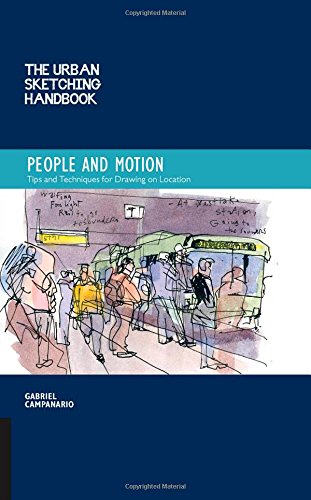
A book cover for The Urban Sketching Handbook: People and Motion: Tips and Techniques for Drawing on Location (Urban Sketching Handbooks); Gabriel Campanario; Arts & Photography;